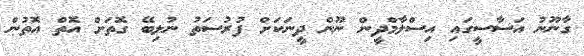
ގާނޫނު އަސާސީގައި އިސްލާމްދީން ނޫން ދީނަކަށް ފުރުސަތު ނުލިބޭ ގޮތަށް އޮތް އޮތުން